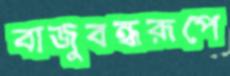
বাজুবন্ধরূপে